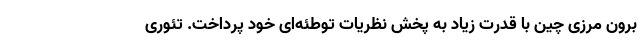
برون مرزی چین با قدرت زیاد به پخش نظریات توطئه‌ای خود پرداخت. تئوری